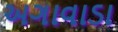
અગાવાડા